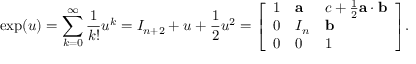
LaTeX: \exp ( u ) = \sum _ { k = 0 } ^ { \infty } { \frac { 1 } { k ! } } u ^ { k } = I _ { n + 2 } + u + { \frac { 1 } { 2 } } u ^ { 2 } = { \left[ \begin{array} { l l l } { 1 } & { \mathbf { a } } & { c + { \frac { 1 } { 2 } } \mathbf { a } \cdot \mathbf { b } } \\ { 0 } & { I _ { n } } & { \mathbf { b } } \\ { 0 } & { 0 } & { 1 } \end{array} \right] } .